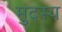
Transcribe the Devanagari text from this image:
मुदस्य